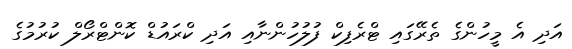
އަދި އެ މީހުންގެ ތެރޭގައި ޓްރެފިކް ފުލުހުންނާއި އަދި ކްރައުޑް ކޮންޓްރޯލް ކުރުމުގެ